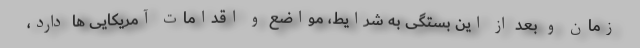
زمان و بعد از این بستگی به شرایط، مواضع و اقدامات آمریکایی ها دارد،